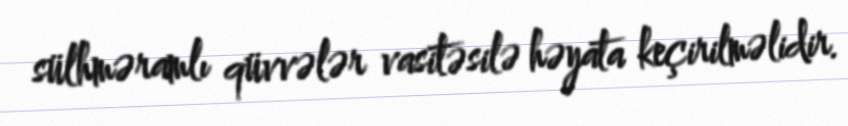
sülhməramlı qüvvələr vasitəsilə həyata keçirilməlidir.